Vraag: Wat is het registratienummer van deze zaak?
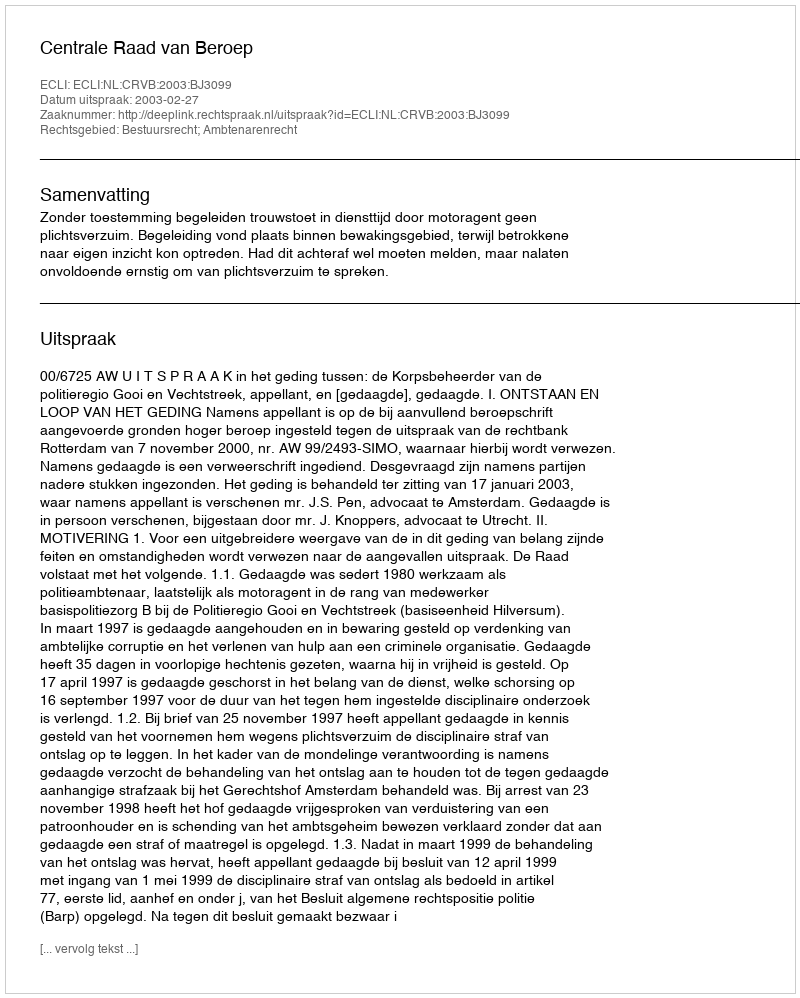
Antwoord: http://deeplink.rechtspraak.nl/uitspraak?id=ECLI:NL:CRVB:2003:BJ3099